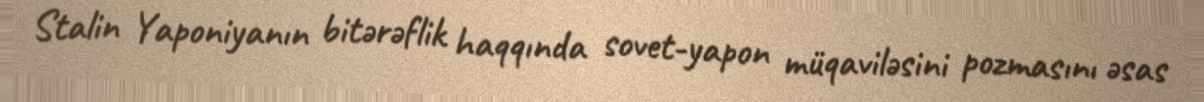
Stalin Yaponiyanın bitərəflik haqqında sovet-yapon müqaviləsini pozmasını əsas